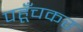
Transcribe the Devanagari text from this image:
पहूँचकर